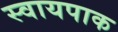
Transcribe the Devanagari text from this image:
स्वायपाक